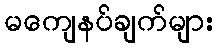
မကျေနပ်ချက်များ